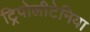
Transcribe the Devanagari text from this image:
ट्रिपोलीटेनिया